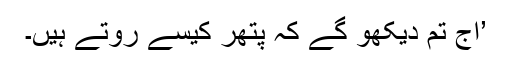
’آج تم دیکھو گے کہ پتھر کیسے روتے ہیں۔